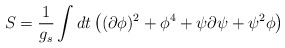
\begin{align*}S = {1 \over g_s} \int dt \left( (\partial \phi)^2 + \phi^4 + \psi\partial \psi + \psi^2 \phi \right)\end{align*}